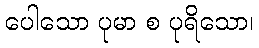
ပေါသော ပုမာ စ ပုရိသော၊